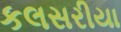
કલસરીયા